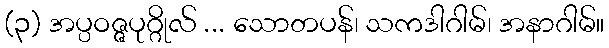
(၃) အပ္ပဝဇ္ဇပုဂ္ဂိုလ် ... သောတပန်၊ သကဒါဂါမ်၊ အနာဂါမ်။